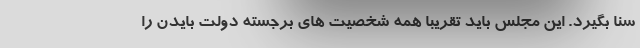
سنا بگیرد. این مجلس باید تقریباً همه شخصیت های برجسته دولت بایدن را